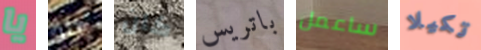
يا كلو كان باتريس ساعمل تكيلا